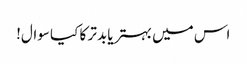
اس میں بہتر یا بدتر کا کیا سوال!